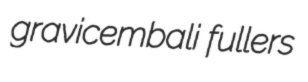
gravicembali fullers